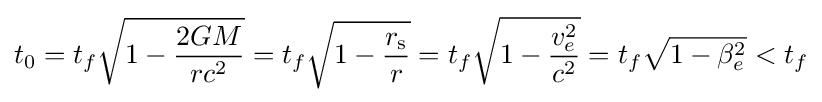
t_{0}=t_{f}{\sqrt {1-{\frac {2GM}{rc^{2}}}}}=t_{f}{\sqrt {1-{\frac {r_{\rm {s}}}{r}}}}=t_{f}{\sqrt {1-{\frac {v_{e}^{2}}{c^{2}}}}}=t_{f}{\sqrt {1-\beta _{e}^{2}}}<t_{f}